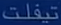
تَعْلِمُ